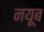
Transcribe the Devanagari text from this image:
नयूब